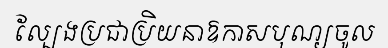
ល្បែងប្រជាប្រិយនាឱកាសបុណ្យចូល